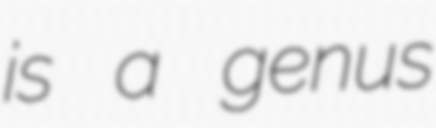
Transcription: is a genus